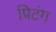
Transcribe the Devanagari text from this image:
प्रिटंग